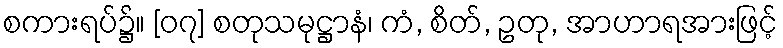
စကားရပ်၌။ [၀၇] စတုသမုဋ္ဌာနံ၊ ကံ, စိတ်, ဥတု, အာဟာရအားဖြင့်